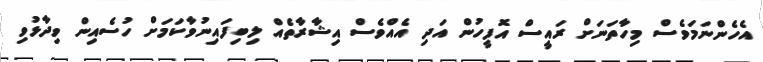
އެހެންނަމަވެސް މިހާތަނަށް ރައީސް އޮފީހުން އަދި އެއްވެސް އިޝާރާތެއް ލިބިފައިނުވާކަމަށް ހުސެއިން ވިދާޅުވި